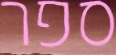
ספר